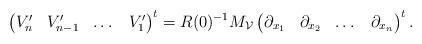
LaTeX: \begin{align*}\begin{pmatrix} V'_n&V'_{n-1}& \dots& V'_1 \end{pmatrix}^t=R(0)^{-1}M_{\mathcal{V}}\begin{pmatrix} \partial_{x_1}&\partial_{x_2}& \dots&\partial_{x_n} \end{pmatrix}^t.\end{align*}